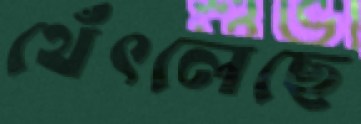
থেঁৎলেছে